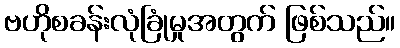
ဗဟိုစခန်းလုံခြုံမှုအတွက် ဖြစ်သည်။